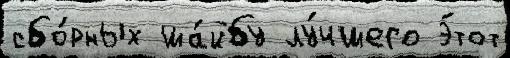
сбо́рных ша́йбу лу́чшего э́тот